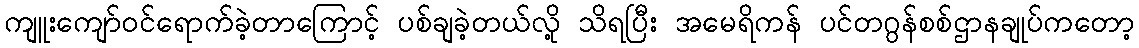
ကျူးကျော်ဝင်ရောက်ခဲ့တာကြောင့် ပစ်ချခဲ့တယ်လို့ သိရပြီး အမေရိကန် ပင်တဂွန်စစ်ဌာနချုပ်ကတော့